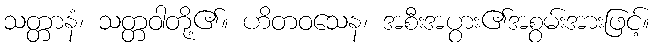
သတ္တာနံ၊ သတ္တဝါတို့၏။ ဟိတဝသေန၊ အစီးအပွား၏အစွမ်းအားဖြင့်။